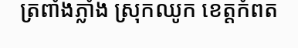
ត្រពាំងភ្លាំង ស្រុកឈូក ខេត្តកំពត